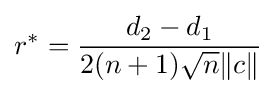
r^{*}={\frac {d_{2}-d_{1}}{2(n+1){\sqrt {n}}\|c\|}}